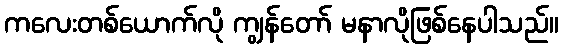
ကလေးတစ်ယောက်လို ကျွန်တော် မနာလိုဖြစ်နေပါသည်။